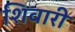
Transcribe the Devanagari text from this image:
शिवारी